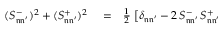
\begin{array} { r l r } { ( S _ { \mathfrak { n } \mathfrak { n ^ { \prime } } } ^ { - } ) ^ { 2 } + ( S _ { \mathfrak { n } \mathfrak { n ^ { \prime } } } ^ { + } ) ^ { 2 } } & { { } = } & { \frac { 1 } { 2 } \; \big [ \delta _ { \mathfrak { n } \mathfrak { n ^ { \prime } } } - 2 \, S _ { \mathfrak { n } \mathfrak { n ^ { \prime } } } ^ { - } \, S _ { \mathfrak { n } \mathfrak { n ^ { \prime } } } ^ { + } } \end{array}